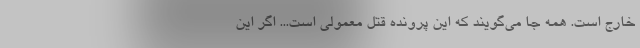
خارج است. همه جا می‌گویند که این پرونده قتل معمولی است... اگر این